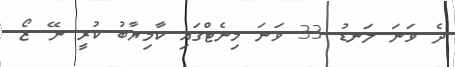
ދެ ވަނަ ލަނޑު 33 ވަނަ މިނެޓްގައި ކާމިޔާބު ކުރީ ނޭ ޒޯ